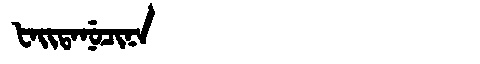
Manchu: ᡶᠠᡳᡨᠠᠨᡠᠴᡳᠨᠠ
Romanization: FAITANUCINA